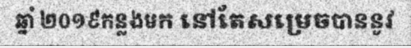
ឆ្នាំ ២០១៩កន្លងមក នៅតែសម្រេចបាននូវ